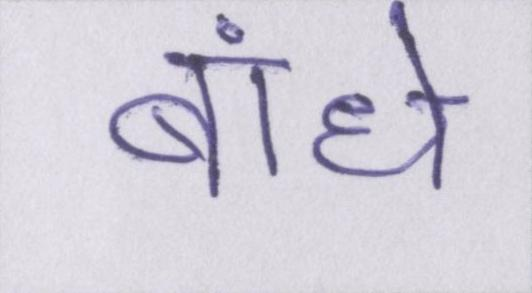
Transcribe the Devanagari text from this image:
बांधे